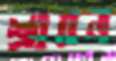
শ্রাবন